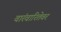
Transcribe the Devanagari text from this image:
वारंवारितेवर